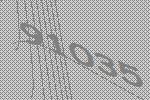
91035